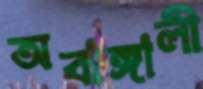
অবাঙ্গালী